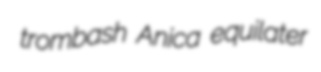
trombash Anica equilater